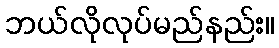
ဘယ်လိုလုပ်မည်နည်း။